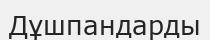
Дұшпандарды